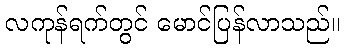
လကုန်ရက်တွင် မောင်ပြန်လာသည်။